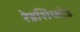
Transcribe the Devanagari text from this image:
रेडशिफ्टेड